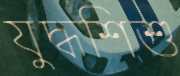
যুদ্ধশিশু